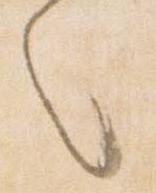
々